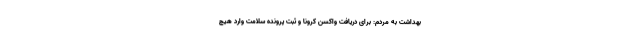
بهداشت به مردم: برای دریافت واکسن کرونا و ثبت پرونده سلامت وارد هیچ